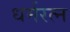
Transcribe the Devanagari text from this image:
धर्मरत्न